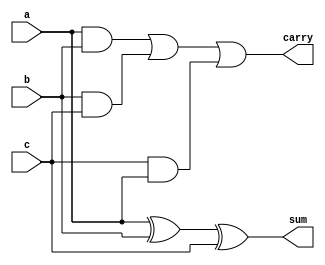
`timescale 1ns / 1ps
//////////////////////////////////////////////////////////////////////////////////
// Company: 
// Engineer: 
// 
// Design Name: 
// Module Name:    fulladder1 
// Project Name: 
// Target Devices: 
// Tool versions: 
// Description: 
//
// Dependencies: 
//
// Revision: 
// Revision 0.01 - File Created
// Additional Comments: 
//
//////////////////////////////////////////////////////////////////////////////////
module fulladder1(sum,carry,a,b,c);
input a,b,c;
output sum,carry;
assign sum=a^b^c;
assign carry=(a&b)|(b&c)|(c&a);
endmodule
//gate level coding:
//module gate(a,b,c,sum,carry);
//input a,b,c;
//output sum,carry;
//wire w1,w2,w3;
//xor x1(sum,a,b,c);
//and a1(w1,a,b);
//and a2(w2,b,c);
//and a3(w3,a,c);
//or o1(carry,w1,w2,w3);
//endmodule
//
//
//Behavioural modeling
//module fulladder(sum,carry,a,b,c);
//input a,b,c;
//output sum,carry;
//reg sum,carry;
//always@(a,b,c)
//begin
//case({a,b,c})
/*3'b000:{sum,carry}=2'b00;
3'b001:{sum,carry}=2'b10;
3'b010:{sum,carry}=2'b10;
3'b011:{sum,carry}=2'b01;
3'b100:{sum,carry}=2'b10;
3'b101:{sum,carry}=2'b01;
3'b110:{sum,carry}=2'b01;
3'b111:{sum,carry}=2'b01;
endcase
end
endmodule
*/